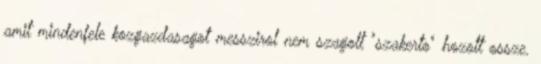
amit mindenfele kozgazdasagot messzirol nem szagolt "szakerto" hozott ossze.